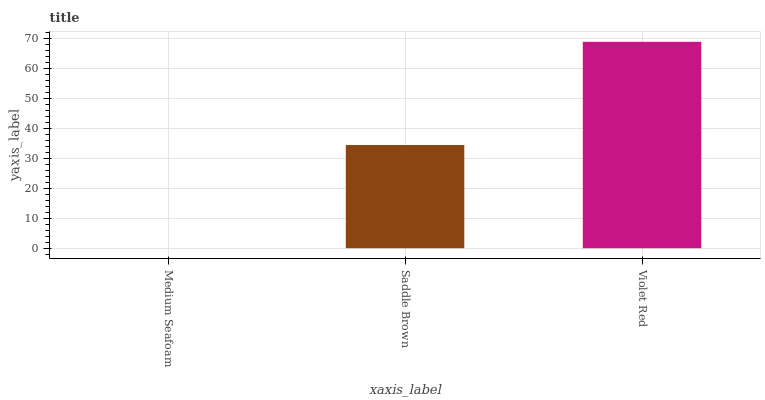
| xaxis_label | bars |
 | --- | --- |
 | Medium Seafoam | 0 |
 | Saddle Brown | 34.4 |
 | Violet Red | 68.8 |